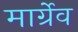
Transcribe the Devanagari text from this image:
मार्ग्रेव